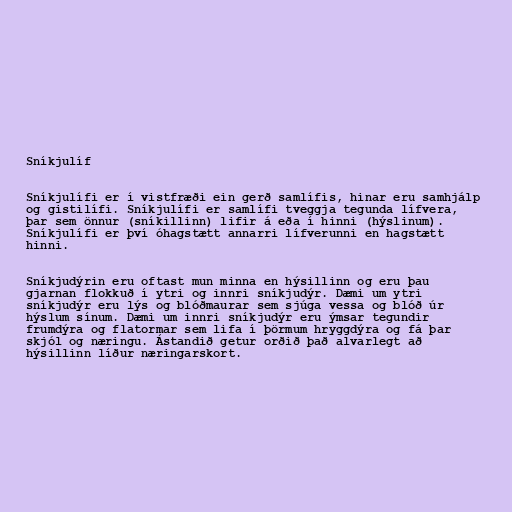
Sníkjulíf

Sníkjulífi er í vistfræði ein gerð samlífis, hinar eru samhjálp
og gistilífi. Sníkjulífi er samlífi tveggja tegunda lífvera,
þar sem önnur (sníkillinn) lifir á eða í hinni (hýslinum).
Sníkjulífi er því óhagstætt annarri lífverunni en hagstætt
hinni.

Sníkjudýrin eru oftast mun minna en hýsillinn og eru þau
gjarnan flokkuð í ytri og innri sníkjudýr. Dæmi um ytri
sníkjudýr eru lýs og blóðmaurar sem sjúga vessa og blóð úr
hýslum sínum. Dæmi um innri sníkjudýr eru ýmsar tegundir
frumdýra og flatormar sem lifa í þörmum hryggdýra og fá þar
skjól og næringu. Ástandið getur orðið það alvarlegt að
hýsillinn líður næringarskort.